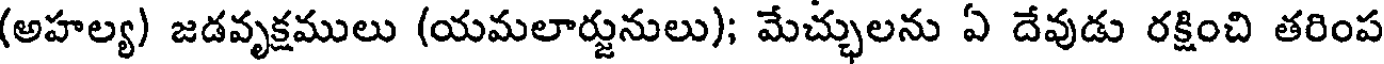
(అహల్య) జడవృక్షములు (యమలార్జునులు); మేచ్చులను ఏ దేవుడు రక్షించి తరింప